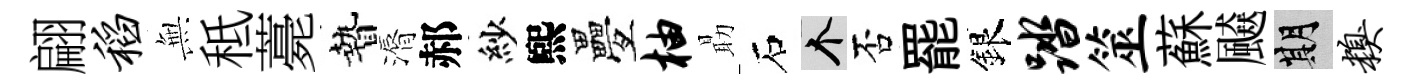
翩稻𭴾秪薧贄漘郝紗煕疊柚朂石个否罷銀踏筮蘇飇期糗